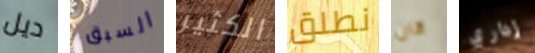
ديل السبق الكثير نطلق كان إداري